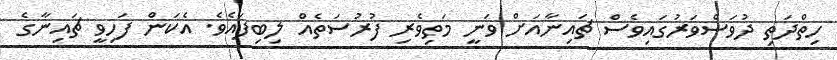
ހިތްދަތި ދުވަސްވަރުގައިވެސް ޗައިނާއަށް ވަނީ މަތިވެރި ފުރުސަތެއް ލިބިފައެވެ. އެކަން ފަހިވީ ޗައިނާގެ